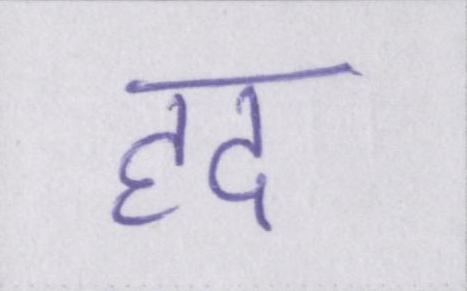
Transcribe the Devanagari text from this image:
हद